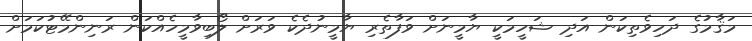
މަޤާމުގެ ދަހިވެތިކަން އަދި ޝަހީމަކީ ޔާމީނަށް ވަފާތެރި ޔާމީނުދެކެ ވަރަށް ލޯބިވާމީހެއްކަން ރަނިންމޭޓުކަމަށް